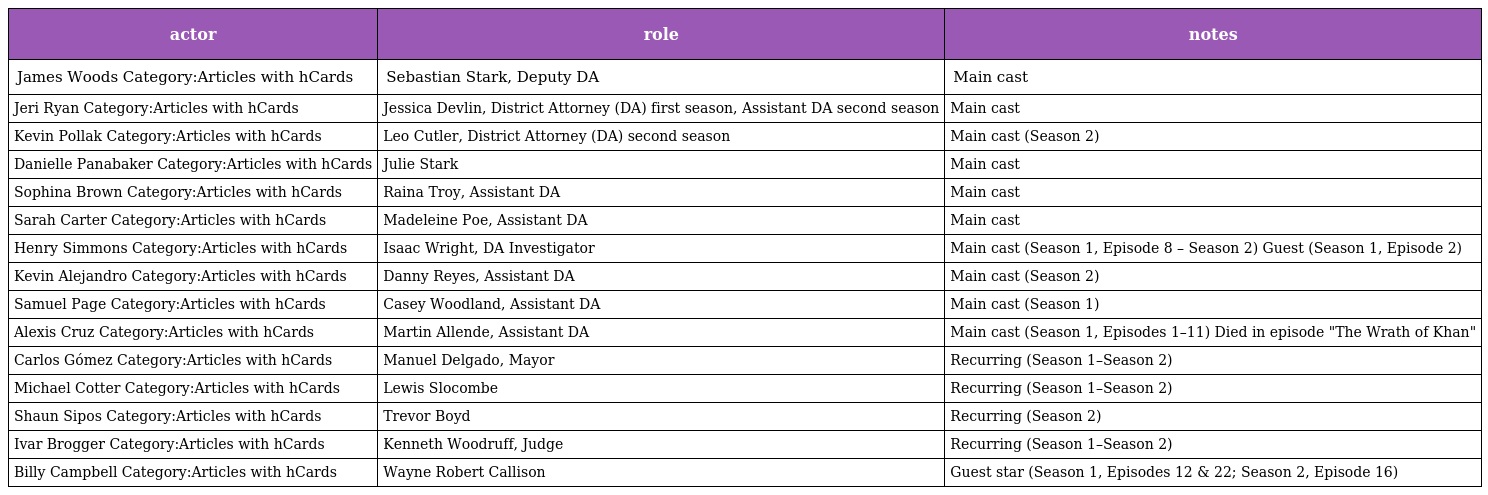
| actor | role | notes |
 | --- | --- | --- |
 | James Woods Category:Articles with hCards | Sebastian Stark, Deputy DA | Main cast |
 | Jeri Ryan Category:Articles with hCards | Jessica Devlin, District Attorney (DA) first season, Assistant DA second season | Main cast |
 | Kevin Pollak Category:Articles with hCards | Leo Cutler, District Attorney (DA) second season | Main cast (Season 2) |
 | Danielle Panabaker Category:Articles with hCards | Julie Stark | Main cast |
 | Sophina Brown Category:Articles with hCards | Raina Troy, Assistant DA | Main cast |
 | Sarah Carter Category:Articles with hCards | Madeleine Poe, Assistant DA | Main cast |
 | Henry Simmons Category:Articles with hCards | Isaac Wright, DA Investigator | Main cast (Season 1, Episode 8 – Season 2) Guest (Season 1, Episode 2) |
 | Kevin Alejandro Category:Articles with hCards | Danny Reyes, Assistant DA | Main cast (Season 2) |
 | Samuel Page Category:Articles with hCards | Casey Woodland, Assistant DA | Main cast (Season 1) |
 | Alexis Cruz Category:Articles with hCards | Martin Allende, Assistant DA | Main cast (Season 1, Episodes 1–11) Died in episode "The Wrath of Khan" |
 | Carlos Gómez Category:Articles with hCards | Manuel Delgado, Mayor | Recurring (Season 1–Season 2) |
 | Michael Cotter Category:Articles with hCards | Lewis Slocombe | Recurring (Season 1–Season 2) |
 | Shaun Sipos Category:Articles with hCards | Trevor Boyd | Recurring (Season 2) |
 | Ivar Brogger Category:Articles with hCards | Kenneth Woodruff, Judge | Recurring (Season 1–Season 2) |
 | Billy Campbell Category:Articles with hCards | Wayne Robert Callison | Guest star (Season 1, Episodes 12 & 22; Season 2, Episode 16) |